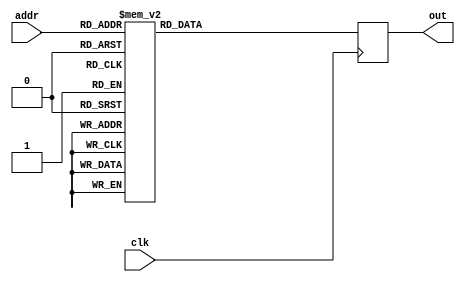
/*
 * Copyright 2012, Homer Hsing <homer.hsing@gmail.com>
 *
 * Licensed under the Apache License, Version 2.0 (the "License");
 * you may not use this file except in compliance with the License.
 * You may obtain a copy of the License at
 *
 * http://www.apache.org/licenses/LICENSE-2.0
 *
 * Unless required by applicable law or agreed to in writing, software
 * distributed under the License is distributed on an "AS IS" BASIS,
 * WITHOUT WARRANTIES OR CONDITIONS OF ANY KIND, either express or implied.
 * See the License for the specific language governing permissions and
 * limitations under the License.
 */

module rom (clk, addr, out);
   input clk;
   input [8:0] addr;
   output reg [28:0] out;
   
   always @(posedge clk)
      case (addr)
         0: out <= 29'h1860042;
         1: out <= 29'h30d0041;
         2: out <= 29'h38f0041;
         3: out <= 29'h60046;
         4: out <= 29'hb01b180;
         5: out <= 29'hb810041;
         6: out <= 29'hb8bb197;
         7: out <= 29'hc0bb187;
         8: out <= 29'hcb1b187;
         9: out <= 29'h7ae8059;
         10: out <= 29'h79e8045;
         11: out <= 29'hbb1b185;
         12: out <= 29'hc2fb180;
         13: out <= 29'hb0fb196;
         14: out <= 29'h8b00056;
         15: out <= 29'h8a20051;
         16: out <= 29'h90a0045;
         17: out <= 29'h98fb180;
         18: out <= 29'h9ae8053;
         19: out <= 29'ha020041;
         20: out <= 29'ha8e0047;
         21: out <= 29'h1f0041;
         22: out <= 29'hb230041;
         23: out <= 29'hba50041;
         24: out <= 29'hc270041;
         25: out <= 29'hca90041;
         26: out <= 29'hd2b0041;
         27: out <= 29'h7800057;
         28: out <= 29'h79e0059;
         29: out <= 29'h8ac0058;
         30: out <= 29'h8a2005a;
         31: out <= 29'h8a20051;
         32: out <= 29'h92e8059;
         33: out <= 29'h9b48058;
         34: out <= 29'ha320041;
         35: out <= 29'hab4005a;
         36: out <= 29'h30d0081;
         37: out <= 29'h30c8042;
         38: out <= 29'h38f0081;
         39: out <= 29'h38e0047;
         40: out <= 29'h60046;
         41: out <= 29'hb000040;
         42: out <= 29'hb8bb187;
         43: out <= 29'h2db180;
         44: out <= 29'hc000056;
         45: out <= 29'hc808056;
         46: out <= 29'hd1e0054;
         47: out <= 29'hdb40052;
         48: out <= 29'he348052;
         49: out <= 29'he9e8054;
         50: out <= 29'hf3a8053;
         51: out <= 29'heba0053;
         52: out <= 29'hfa20055;
         53: out <= 29'h103e0053;
         54: out <= 29'h10be8053;
         55: out <= 29'h112e0056;
         56: out <= 29'hb2e8056;
         57: out <= 29'h11a28055;
         58: out <= 29'h12460052;
         59: out <= 29'h11c68052;
         60: out <= 29'h12b00057;
         61: out <= 29'h13360060;
         62: out <= 29'h13800062;
         63: out <= 29'h143c0064;
         64: out <= 29'h14b20057;
         65: out <= 29'h15380061;
         66: out <= 29'h15800056;
         67: out <= 29'h163a0063;
         68: out <= 29'hc31b19b;
         69: out <= 29'hdcbb1a6;
         70: out <= 29'h102fb1a0;
         71: out <= 29'hf01b19e;
         72: out <= 29'h12cfb1a8;
         73: out <= 29'h1145b1a4;
         74: out <= 29'hcb3b19c;
         75: out <= 29'he53b1aa;
         76: out <= 29'hbafb1a1;
         77: out <= 29'h1b19d;
         78: out <= 29'hed7b1ac;
         79: out <= 29'hb2db1a3;
         80: out <= 29'h10b00065;
         81: out <= 29'h11c0005d;
         82: out <= 29'h12408057;
         83: out <= 29'h13328058;
         84: out <= 29'hbae0060;
         85: out <= 29'hbc48057;
         86: out <= 29'hbae0056;
         87: out <= 29'hc320058;
         88: out <= 29'hc30805e;
         89: out <= 29'hc308040;
         90: out <= 29'hcc68061;
         91: out <= 29'hcb2805e;
         92: out <= 29'hb320056;
         93: out <= 29'hcc20063;
         94: out <= 29'hcb2805b;
         95: out <= 29'hcb20062;
         96: out <= 29'h320040;
         97: out <= 29'hcc80066;
         98: out <= 29'hf488066;
         99: out <= 29'hf3c005c;
         100: out <= 29'hf3c805b;
         101: out <= 29'h102e0058;
         102: out <= 29'hbae8058;
         103: out <= 29'hbae005c;
         104: out <= 29'hbae005b;
         105: out <= 29'hbae8065;
         106: out <= 29'hbae805d;
         107: out <= 29'h7ac8052;
         108: out <= 29'h8808053;
         109: out <= 29'h328052;
         110: out <= 29'h8054;
         111: out <= 29'hb3c8053;
         112: out <= 29'hb2c8055;
         113: out <= 29'ha40805a;
         114: out <= 29'haae805f;
         115: out <= 29'h9008041;
         116: out <= 29'h9ac8041;
         117: out <= 29'h49f0041;
         118: out <= 29'h1e0052;
         119: out <= 29'h54;
         120: out <= 29'hb1fb18f;
         121: out <= 29'hb9fb192;
         122: out <= 29'hc25b194;
         123: out <= 29'hca9b194;
         124: out <= 29'h1b180;
         125: out <= 29'hbae0058;
         126: out <= 29'hc2c8058;
         127: out <= 29'hcb28057;
         128: out <= 29'h57;
         129: out <= 29'h8056;
         130: out <= 29'hb220053;
         131: out <= 29'hb2c0055;
         132: out <= 29'hba3b191;
         133: out <= 29'hd23b193;
         134: out <= 29'hda7b195;
         135: out <= 29'he2bb195;
         136: out <= 29'hb2db196;
         137: out <= 29'hd34005b;
         138: out <= 29'hdae805b;
         139: out <= 29'he38805a;
         140: out <= 29'hb2c005a;
         141: out <= 29'hb2c8057;
         142: out <= 29'hb9e0052;
         143: out <= 29'hd1e0054;
         144: out <= 29'hea40054;
         145: out <= 29'hf220053;
         146: out <= 29'hfa20055;
         147: out <= 29'h10260055;
         148: out <= 29'h109fb191;
         149: out <= 29'h1125b193;
         150: out <= 29'h11a9b195;
         151: out <= 29'hbafb19e;
         152: out <= 29'hd35b19f;
         153: out <= 29'hebbb1a0;
         154: out <= 29'hf428062;
         155: out <= 29'hfbc8063;
         156: out <= 29'hfbe005d;
         157: out <= 29'hbae805e;
         158: out <= 29'hbae005d;
         159: out <= 29'hd34805e;
         160: out <= 29'heb0805b;
         161: out <= 29'hf32805c;
         162: out <= 29'h10008056;
         163: out <= 29'hc30005b;
         164: out <= 29'hcb2005c;
         165: out <= 29'h56;
         166: out <= 29'hb300059;
         167: out <= 29'hdb08040;
         168: out <= 29'he328058;
         169: out <= 29'h1080805c;
         170: out <= 29'h1131b198;
         171: out <= 29'h11b3b199;
         172: out <= 29'h1201b180;
         173: out <= 29'hcb1b199;
         174: out <= 29'hc31b180;
         175: out <= 29'h1b196;
         176: out <= 29'hb45b19b;
         177: out <= 29'hdc7b19c;
         178: out <= 29'he49b1a1;
         179: out <= 29'hb2c005b;
         180: out <= 29'hb2c005c;
         181: out <= 29'hdac0041;
         182: out <= 29'he370041;
         183: out <= 29'he37b19c;
         184: out <= 29'h10b90041;
         185: out <= 29'hdb7b1a1;
         186: out <= 29'h10b70081;
         187: out <= 29'he39b1a1;
         188: out <= 29'h10b900c1;
         189: out <= 29'hdb7b1a1;
         190: out <= 29'h10b70201;
         191: out <= 29'hdb7b1a1;
         192: out <= 29'h10b70141;
         193: out <= 29'he39b1a1;
         194: out <= 29'he390401;
         195: out <= 29'hdb7b19c;
         196: out <= 29'he370941;
         197: out <= 29'hdb7b19c;
         198: out <= 29'he371281;
         199: out <= 29'hdb7b19c;
         200: out <= 29'he372501;
         201: out <= 29'hdb7b19c;
         202: out <= 29'he374a01;
         203: out <= 29'hdb7b19c;
         204: out <= 29'hdb70041;
         205: out <= 29'hb37b196;
         206: out <= 29'hb37b196;
         207: out <= 29'hdc68064;
         208: out <= 29'he44805b;
         209: out <= 29'h388040;
         210: out <= 29'hcc88059;
         211: out <= 29'hc368058;
         212: out <= 29'h2db180;
         213: out <= 29'hcadb199;
         214: out <= 29'hb2db198;
         215: out <= 29'hc3a005e;
         216: out <= 29'hdba0060;
         217: out <= 29'he3c0060;
         218: out <= 29'h10800059;
         219: out <= 29'h11000056;
         220: out <= 29'h11b20056;
         221: out <= 29'hebbb180;
         222: out <= 29'hf3db199;
         223: out <= 29'h1041b196;
         224: out <= 29'hc31b1a1;
         225: out <= 29'hdb7b1a2;
         226: out <= 29'he39b1a3;
         227: out <= 29'heba805e;
         228: out <= 29'hf3a8060;
         229: out <= 29'hf3c005c;
         230: out <= 29'hc30805d;
         231: out <= 29'hc30005c;
         232: out <= 29'hdb6805d;
         233: out <= 29'he3e0057;
         234: out <= 29'hebe005a;
         235: out <= 29'h102e005a;
         236: out <= 29'h10800059;
         237: out <= 29'h11000056;
         238: out <= 29'h11b20056;
         239: out <= 29'h3fb180;
         240: out <= 29'hbafb199;
         241: out <= 29'hb35b196;
         242: out <= 29'hcb9b1a1;
         243: out <= 29'hd3bb1a2;
         244: out <= 29'he41b1a3;
         245: out <= 29'h8057;
         246: out <= 29'hb008056;
         247: out <= 29'hb2c005c;
         248: out <= 29'hbb28040;
         249: out <= 29'hbae005c;
         250: out <= 29'h348040;
         251: out <= 29'hcbc0056;
         252: out <= 29'hd300057;
         253: out <= 29'he368040;
         254: out <= 29'hebdb19b;
         255: out <= 29'hfadb180;
         256: out <= 29'hdb1b19b;
         257: out <= 29'h2fb180;
         258: out <= 29'h1033b19c;
         259: out <= 29'hb2db198;
         260: out <= 29'hbbdb197;
         261: out <= 29'hc33b19a;
         262: out <= 29'hcb5b19c;
         263: out <= 29'hd2c0057;
         264: out <= 29'hc348058;
         265: out <= 29'hd360040;
         266: out <= 29'hd34005a;
         267: out <= 29'h805b;
         268: out <= 29'hdbe805d;
         269: out <= 29'hdb60060;
         270: out <= 29'he04005d;
         271: out <= 29'he38005f;
         272: out <= 29'he38805a;
         273: out <= 29'hb2e8056;
         274: out <= 29'hb360056;
         275: out <= 29'hbb00041;
         276: out <= 29'heb20040;
         277: out <= 29'hdba005b;
         278: out <= 29'hc30005a;
         279: out <= 29'hc300058;
         280: out <= 29'h320040;
         281: out <= 29'h40;
         282: out <= 29'hcb90041;
         283: out <= 29'hd2d0041;
         284: out <= 29'heaf0041;
         285: out <= 29'hf370041;
         286: out <= 29'hfb10041;
         287: out <= 29'h10010041;
         288: out <= 29'hcb2005d;
         289: out <= 29'hcb2005f;
         290: out <= 29'hd34005a;
         291: out <= 29'hd34805e;
         292: out <= 29'hd348060;
         293: out <= 29'heba805f;
         294: out <= 29'hf40805e;
         295: out <= 29'h10400060;
         296: out <= 29'hcb30041;
         297: out <= 29'hd350041;
         298: out <= 29'hebb0041;
         299: out <= 29'hf3d0041;
         300: out <= 29'hfbf0041;
         301: out <= 29'h10410041;
         302: out <= 29'hcb2005d;
         303: out <= 29'hcb2005f;
         304: out <= 29'hd34005a;
         305: out <= 29'hd34805e;
         306: out <= 29'hd348060;
         307: out <= 29'heba805f;
         308: out <= 29'hf40805e;
         309: out <= 29'h10400060;
         310: out <= 29'h10b80056;
         311: out <= 29'h112e005b;
         312: out <= 29'h11b08040;
         313: out <= 29'h1239b198;
         314: out <= 29'h12adb180;
         315: out <= 29'hc2fb198;
         316: out <= 29'h37b180;
         317: out <= 29'h1343b1a3;
         318: out <= 29'hb2db197;
         319: out <= 29'hbb9b19b;
         320: out <= 29'hdc3b1a2;
         321: out <= 29'he45b1a3;
         322: out <= 29'h10ac0057;
         323: out <= 29'hdc2805b;
         324: out <= 29'h10b00040;
         325: out <= 29'h10c20061;
         326: out <= 29'h8058;
         327: out <= 29'hc4a8064;
         328: out <= 29'hc300066;
         329: out <= 29'h11040064;
         330: out <= 29'h11440065;
         331: out <= 29'h11448061;
         332: out <= 29'hb2e8056;
         333: out <= 29'hb300056;
         334: out <= 29'hbb60041;
         335: out <= 29'h11b80040;
         336: out <= 29'hc460058;
         337: out <= 29'hdb60061;
         338: out <= 29'hdb6005b;
         339: out <= 29'h380040;
         340: out <= 29'h40;
         341: out <= 29'he32005f;
         342: out <= 29'h10b8005d;
         343: out <= 29'he38805d;
         344: out <= 29'h11c4005b;
         345: out <= 29'h12460057;
         346: out <= 29'h11c68057;
         347: out <= 29'hcb2805f;
         348: out <= 29'h12b2805e;
         349: out <= 29'hcb2005e;
         350: out <= 29'h1144805b;
         351: out <= 29'h13448058;
         352: out <= 29'h11440058;
         353: out <= 29'h13b40060;
         354: out <= 29'h144e005e;
         355: out <= 29'hf4e805e;
         356: out <= 29'h13ac0040;
         357: out <= 29'h14ce0058;
         358: out <= 29'hc4e8058;
         359: out <= 29'hd348060;
         360: out <= 29'h13b4005d;
         361: out <= 29'hd34805d;
         362: out <= 29'hb2c8040;
         363: out <= 29'heac0057;
         364: out <= 29'hb2c8057;
         365: out <= 29'hbc20068;
         366: out <= 29'h15480069;
         367: out <= 29'h15ca0067;
         368: out <= 29'h164c005d;
         369: out <= 29'h16b8005e;
         370: out <= 29'h17460058;
         371: out <= 29'h17b2005a;
         372: out <= 29'h18440056;
         373: out <= 29'h18be0060;
         374: out <= 29'h19360040;
         375: out <= 29'h10c3b1a4;
         376: out <= 29'hbafb1aa;
         377: out <= 29'h1251b1a9;
         378: out <= 29'h12cbb1a6;
         379: out <= 29'h1357b1ac;
         380: out <= 29'hecfb19d;
         381: out <= 29'he39b1a3;
         382: out <= 29'h11dbb1ae;
         383: out <= 29'hc3db198;
         384: out <= 29'hcb3b1a2;
         385: out <= 29'hf5fb1b0;
         386: out <= 29'hb35b196;
         387: out <= 29'hd3fb19b;
         388: out <= 29'hde3b1b2;
         389: out <= 29'h41b180;
         390: out <= 29'hfc20066;
         391: out <= 29'hfbe005a;
         392: out <= 29'h1048005e;
         393: out <= 29'h10400040;
         394: out <= 29'hd38005a;
         395: out <= 29'h300040;
         396: out <= 29'h40;
         397: out <= 29'hc46005b;
         398: out <= 29'he000064;
         399: out <= 29'h11348061;
         400: out <= 29'h8064;
         401: out <= 29'h5d;
         402: out <= 29'h56;
         403: out <= 29'hd340061;
         404: out <= 29'hd348065;
         405: out <= 29'hd348059;
         406: out <= 29'h4c0805f;
         407: out <= 29'h4928065;
         408: out <= 29'h4920056;
         409: out <= 29'h53e0060;
         410: out <= 29'h5148057;
         411: out <= 29'h514005d;
         412: out <= 29'h5140059;
         413: out <= 29'h514805b;
         414: out <= 29'h5b80062;
         415: out <= 29'h6388062;
         416: out <= 29'h6180058;
         417: out <= 29'h6188057;
         418: out <= 29'h680005a;
         419: out <= 29'h700805a;
         420: out <= 29'h71c0058;
         421: out <= 29'h71c0057;
         422: out <= 29'h71c8066;
         423: out <= 29'h71c805e;
         default: out <= 0;
      endcase
endmodule